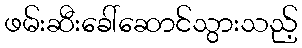
ဖမ်းဆီးခေါ်ဆောင်သွားသည့်